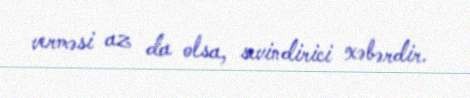
verməsi az da olsa, sevindirici xəbərdir.